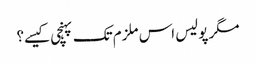
مگر پولیس اس ملزم تک پہنچی کیسے؟